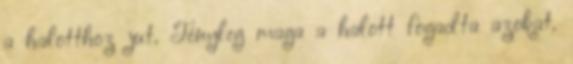
a halotthoz jut. Tényleg maga a halott fogadta azokat.